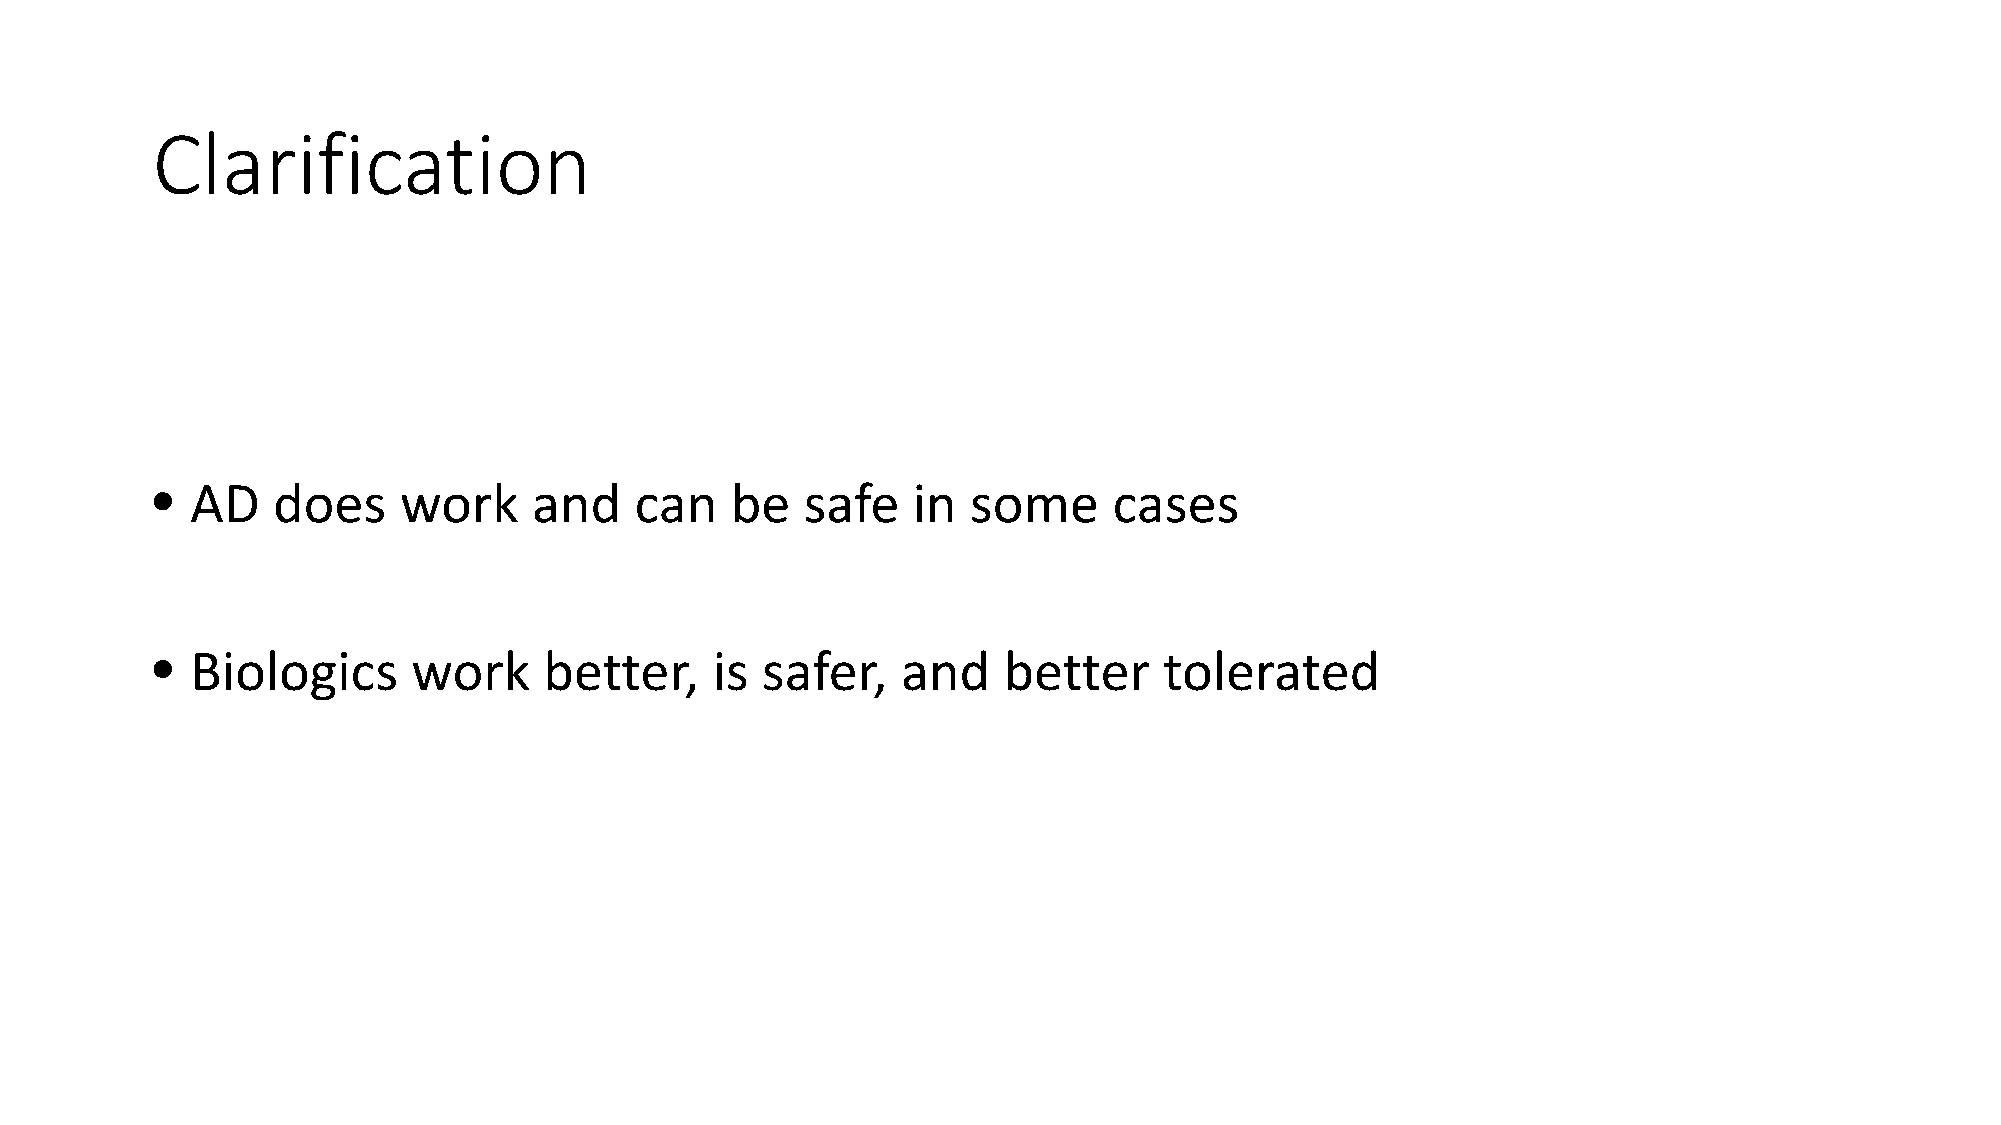
Clarification
 •  AD   does    work     and    can   be   safe   in  some      cases
 •  Biologics     work     better,    is safer,    and   better     tolerated